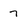
Character: 7